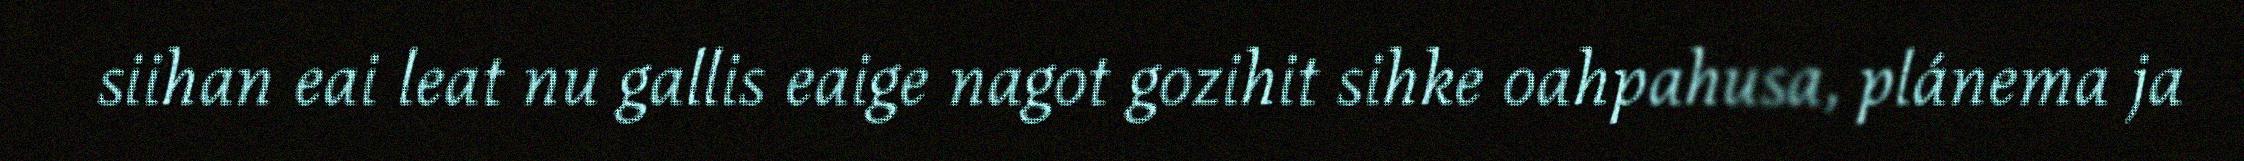
siihan eai leat nu gallis eaige nagot gozihit sihke oahpahusa, plánema ja